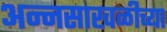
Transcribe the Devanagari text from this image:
अन्नसाखळीच्या